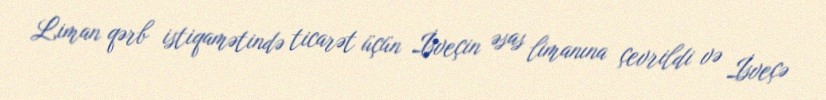
Liman qərb istiqamətində ticarət üçün İsveçin əsas limanına çevrildi və İsveçə